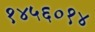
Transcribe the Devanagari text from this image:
१४५६०१४